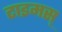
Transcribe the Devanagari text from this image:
टाइमस्